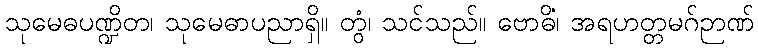
သုမေဓပဏ္ဍိတ၊ သုမေဓာပညာရှိ။ တွံ၊ သင်သည်။ ဗောဓိံ၊ အရဟတ္တမဂ်ဉာဏ်